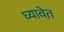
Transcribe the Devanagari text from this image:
घ्यावेत़